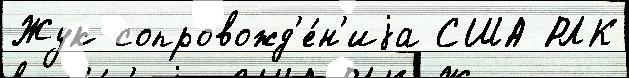
Жук сопровожд'е́н'иjа США РЛК